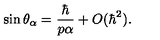
\sin \theta _ { \alpha } = \frac { \hbar } { p \alpha } + O ( \hbar ^ { 2 } ) .